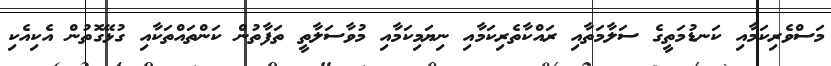
މަސްވެރިކަމާއި ކަނޑުމަތީގެ ސަލާމަތާއި ރައްކާތެރިކަމާއި ނިޔަމިކަމާއި މުވާސަލާތީ ތަފާތުން ކަންތައްތަކާއި ގުޅޭގޮތުން އެކިއެކި